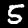
Digit: 5